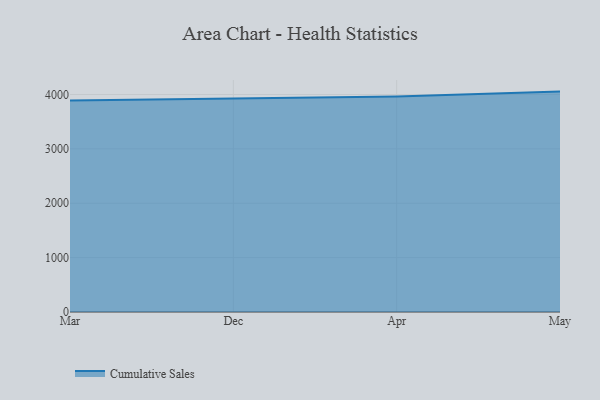
{"axis": {"x": "Month", "y": "Budget (USD K)"}, "legend": ["Cumulative Sales"], "data": [{"x": "Mar", "y": 3889.1, "type": "Cumulative Sales"}, {"x": "Dec", "y": 3923.8, "type": "Cumulative Sales"}, {"x": "Apr", "y": 3960.8, "type": "Cumulative Sales"}, {"x": "May", "y": 4053.0, "type": "Cumulative Sales"}]}